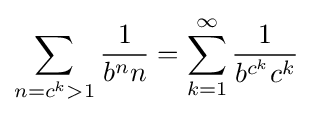
\sum _{n=c^{k}>1}{\frac {1}{b^{n}n}}=\sum _{k=1}^{\infty }{\frac {1}{b^{c^{k}}c^{k}}}